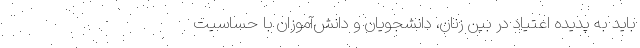
باید به پدیده اعتیاد در بین زنان، دانشجویان و دانش‌آموزان با حساسیت